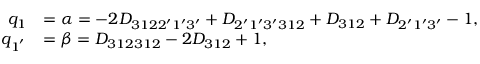
\begin{array} { r l } { q _ { 1 } } & { = \alpha = - 2 { D _ { 3 1 2 2 ^ { \prime } 1 ^ { \prime } 3 ^ { \prime } } } + { D _ { 2 ^ { \prime } 1 ^ { \prime } 3 ^ { \prime } 3 1 2 } } + { D _ { 3 1 2 } } + { D _ { 2 ^ { \prime } 1 ^ { \prime } 3 ^ { \prime } } } - 1 , } \\ { q _ { 1 ^ { ' } } } & { = \beta = { D _ { 3 1 2 3 1 2 } } - 2 { D _ { 3 1 2 } } + 1 , } \end{array}